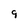
Character: 9